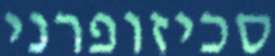
סכיזופרני